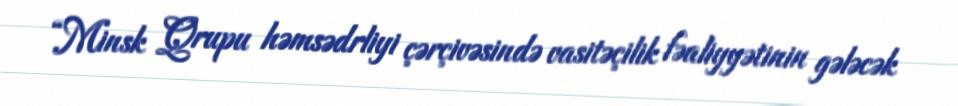
“Minsk Qrupu həmsədrliyi çərçivəsində vasitəçilik fəaliyyətinin gələcək